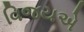
વિજયએ